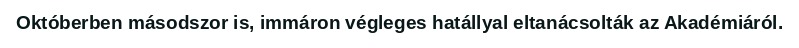
Októberben másodszor is, immáron végleges hatállyal eltanácsolták az Akadémiáról.